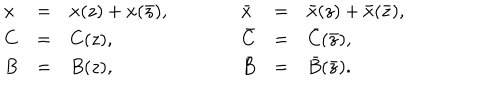
\begin{array} { l c l c l c l } { { x } } & { { = } } & { { x ( z ) + x ( \bar { z } ) , } } & { { \qquad } } & { { \bar { x } } } & { { = } } & { { \bar { x } ( z ) + \bar { x } ( \bar { z } ) , } } \\ { { C } } & { { = } } & { { C ( z ) , } } & { { \qquad } } & { { \bar { C } } } & { { = } } & { { \bar { C } ( \bar { z } ) , } } \\ { { B } } & { { = } } & { { B ( z ) , } } & { { \qquad } } & { { \bar { B } } } & { { = } } & { { \bar { B } ( \bar { z } ) . } } \\ \end{array}